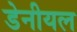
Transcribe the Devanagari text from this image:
डेनीयल